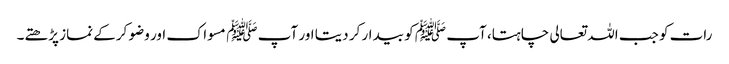
رات کو جب اللہ تعالی چاہتا، آپ ﷺ کو بیدار کر دیتا اور آپ ﷺ مسواک اور وضو کرکے نماز پڑھتے۔